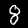
Label: 8